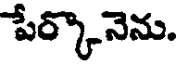
పేర్కొనెను.